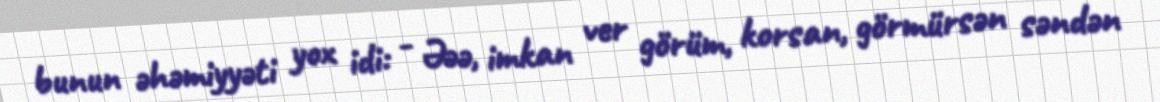
bunun əhəmiyyəti yox idi: - Əəə, imkan ver görüm, korsan, görmürsən səndən